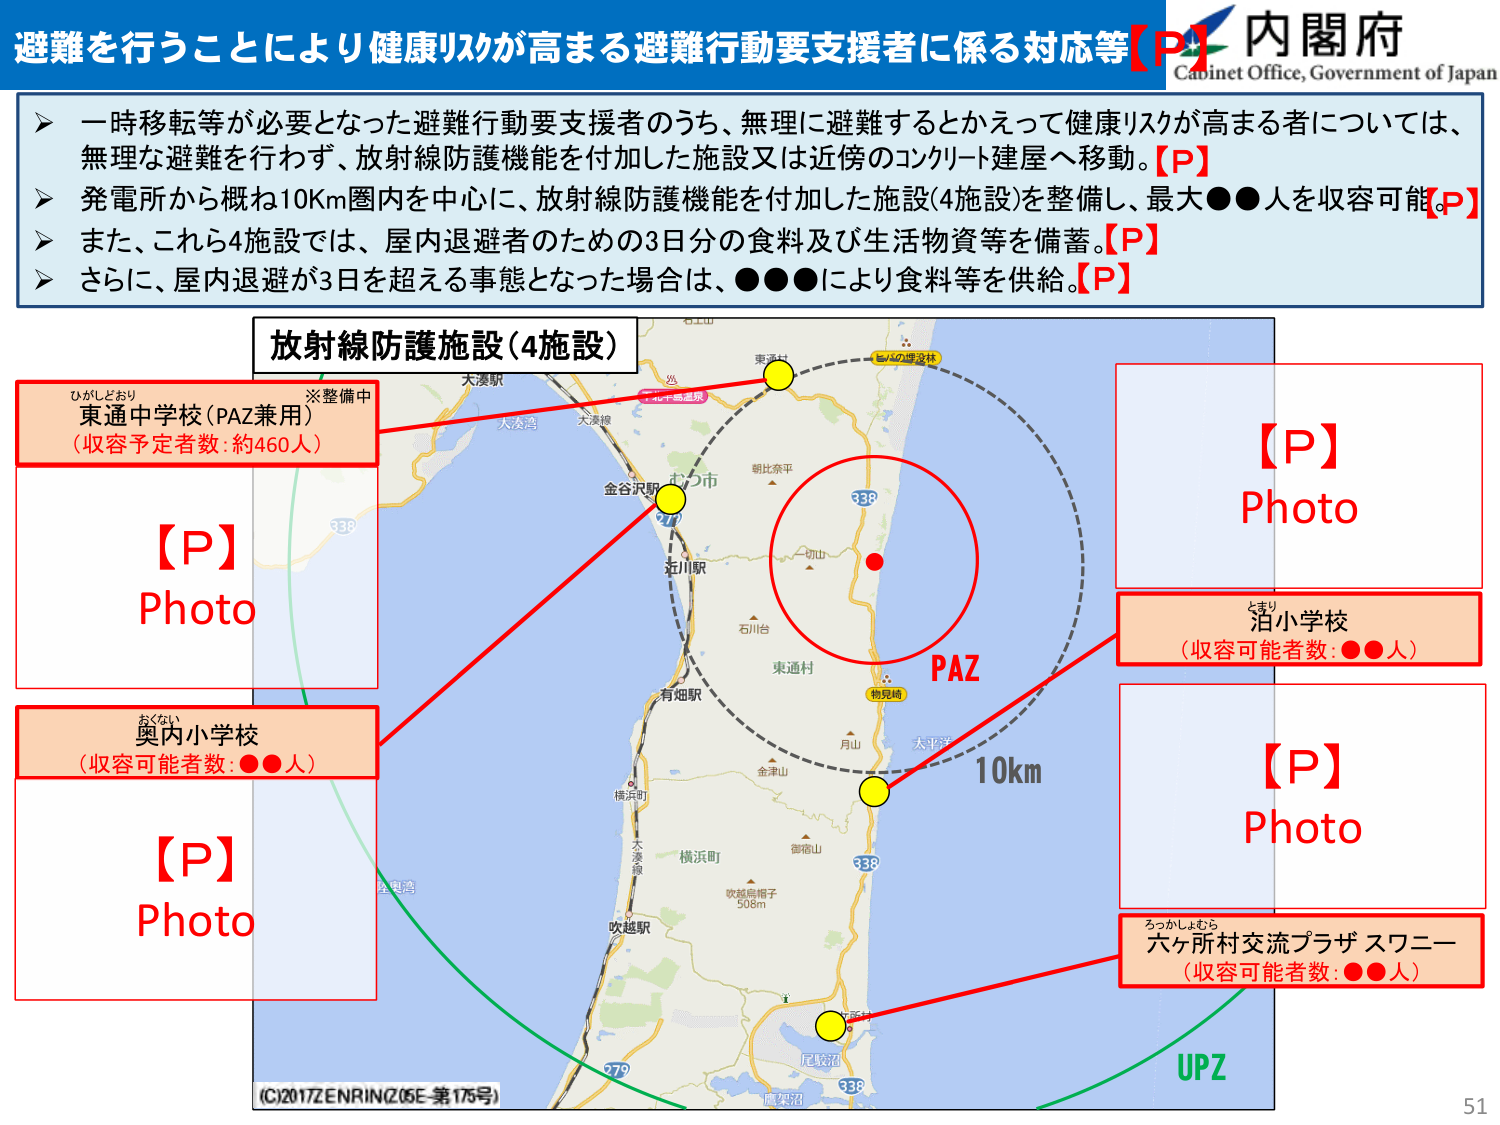
避難を行うことにより健康リスクが高まる避難行動要支援者に係る対応等【P】内閣府
Cabinet Office, Government of Japan

➤ 一時移転等が必要となった避難行動要支援者のうち、無理に避難するとかえって健康リスクが高まる者については、
無理な避難を行わず、放射線防護機能を付加した施設又は近傍のコンクリート建屋へ移動。【P】
➤ 発電所から概ね10Km圏内を中心に、放射線防護機能を付加した施設(4施設)を整備し、最大●●人を収容可能。【P】
➤ また、これら4施設では、屋内退避者のための3日分の食料及び生活物資等を備蓄。【P】
➤ さらに、屋内退避が3日を超える事態となった場合は、●●●により食料等を供給。【P】

放射線防護施設(4施設)

ひがしどおり
東通中学校(PAZ兼用)
(収容予定者数:約460人)
※整備中

【P】
Photo

おくない
奥内小学校
(収容可能者数:●●人)

【P】
Photo

【P】
Photo

とまり
泊小学校
(収容可能者数:●●人)

【P】
Photo

ちっかしょむら
六ヶ所村交流プラザスワニー
(収容可能者数:●●人)

PAZ
10km
UPZ

(C)2017 ZENRIN(Z05E-第175号)
51